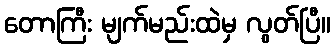
တောကြီး မျက်မည်းထဲမှ လွတ်ပြီ။